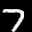
Label: 7